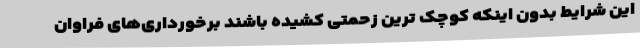
این شرایط بدون اینکه کوچک ترین زحمتی کشیده باشند برخورداری‌های فراوان